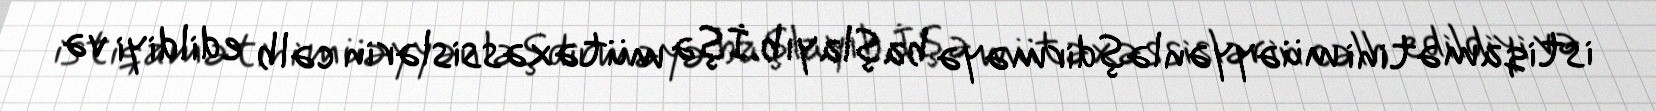
istiqamətini müəyyənləşdirməyə başlayıb.İşə mütəxəssislərin cəlb edildiyi və